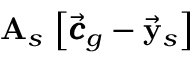
{ \bf A } _ { s } \, \left[ \vec { \pmb { c } } _ { g } - \vec { \bf y } _ { s } \right]